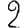
Digit: 2